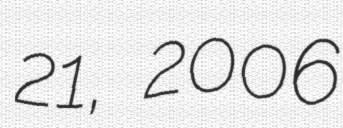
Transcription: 21, 2006